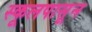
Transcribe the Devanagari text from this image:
स्कूलपासून